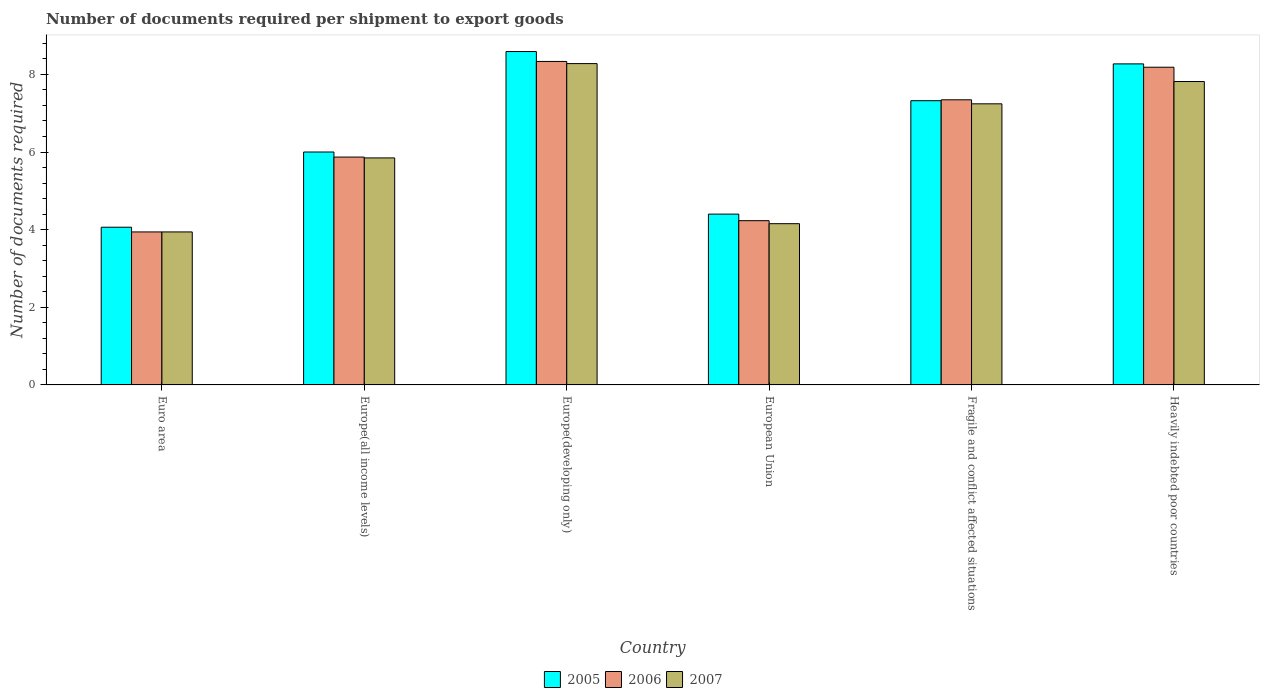
| Country | 2005 | 2006 | 2007 |
 | --- | --- | --- | --- |
 | Euro area | 4.06 | 3.94 | 3.94 |
 | Europe(all income levels) | 6 | 5.87 | 5.85 |
 | Europe(developing only) | 8.59 | 8.33 | 8.28 |
 | European Union | 4.4 | 4.23 | 4.15 |
 | Fragile and conflict affected situations | 7.32 | 7.34 | 7.24 |
 | Heavily indebted poor countries | 8.27 | 8.18 | 7.82 |